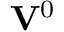
\mathbf { V } ^ { 0 }